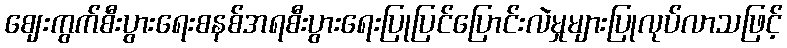
ဈေးကွက်စီးပွားရေးစနစ်အရစီးပွားရေးပြုပြင်ပြောင်းလဲမှုများပြုလုပ်လာသဖြင့်